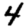
Digit: 4